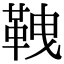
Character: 𩊒